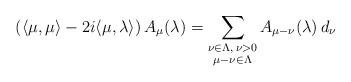
LaTeX: \begin{align*}(\langle\mu,\mu\rangle-2i\langle\mu,\lambda\rangle)\,A_\mu(\lambda)=\sum_{\substack{\nu\in\Lambda,\,\nu>0\\\mu-\nu\in\Lambda}} A_{\mu-\nu}(\lambda)\,d_\nu\end{align*}